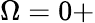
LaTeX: \Omega=0+